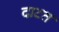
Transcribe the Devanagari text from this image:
दाटत